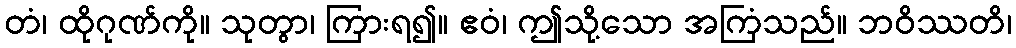
တံ၊ ထိုဂုဏ်ကို။ သုတွာ၊ ကြားရ၍။ ဧဝံ၊ ဤသို့သော အကြံသည်။ ဘဝိဿတိ၊